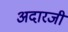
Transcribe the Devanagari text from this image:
अदारजी